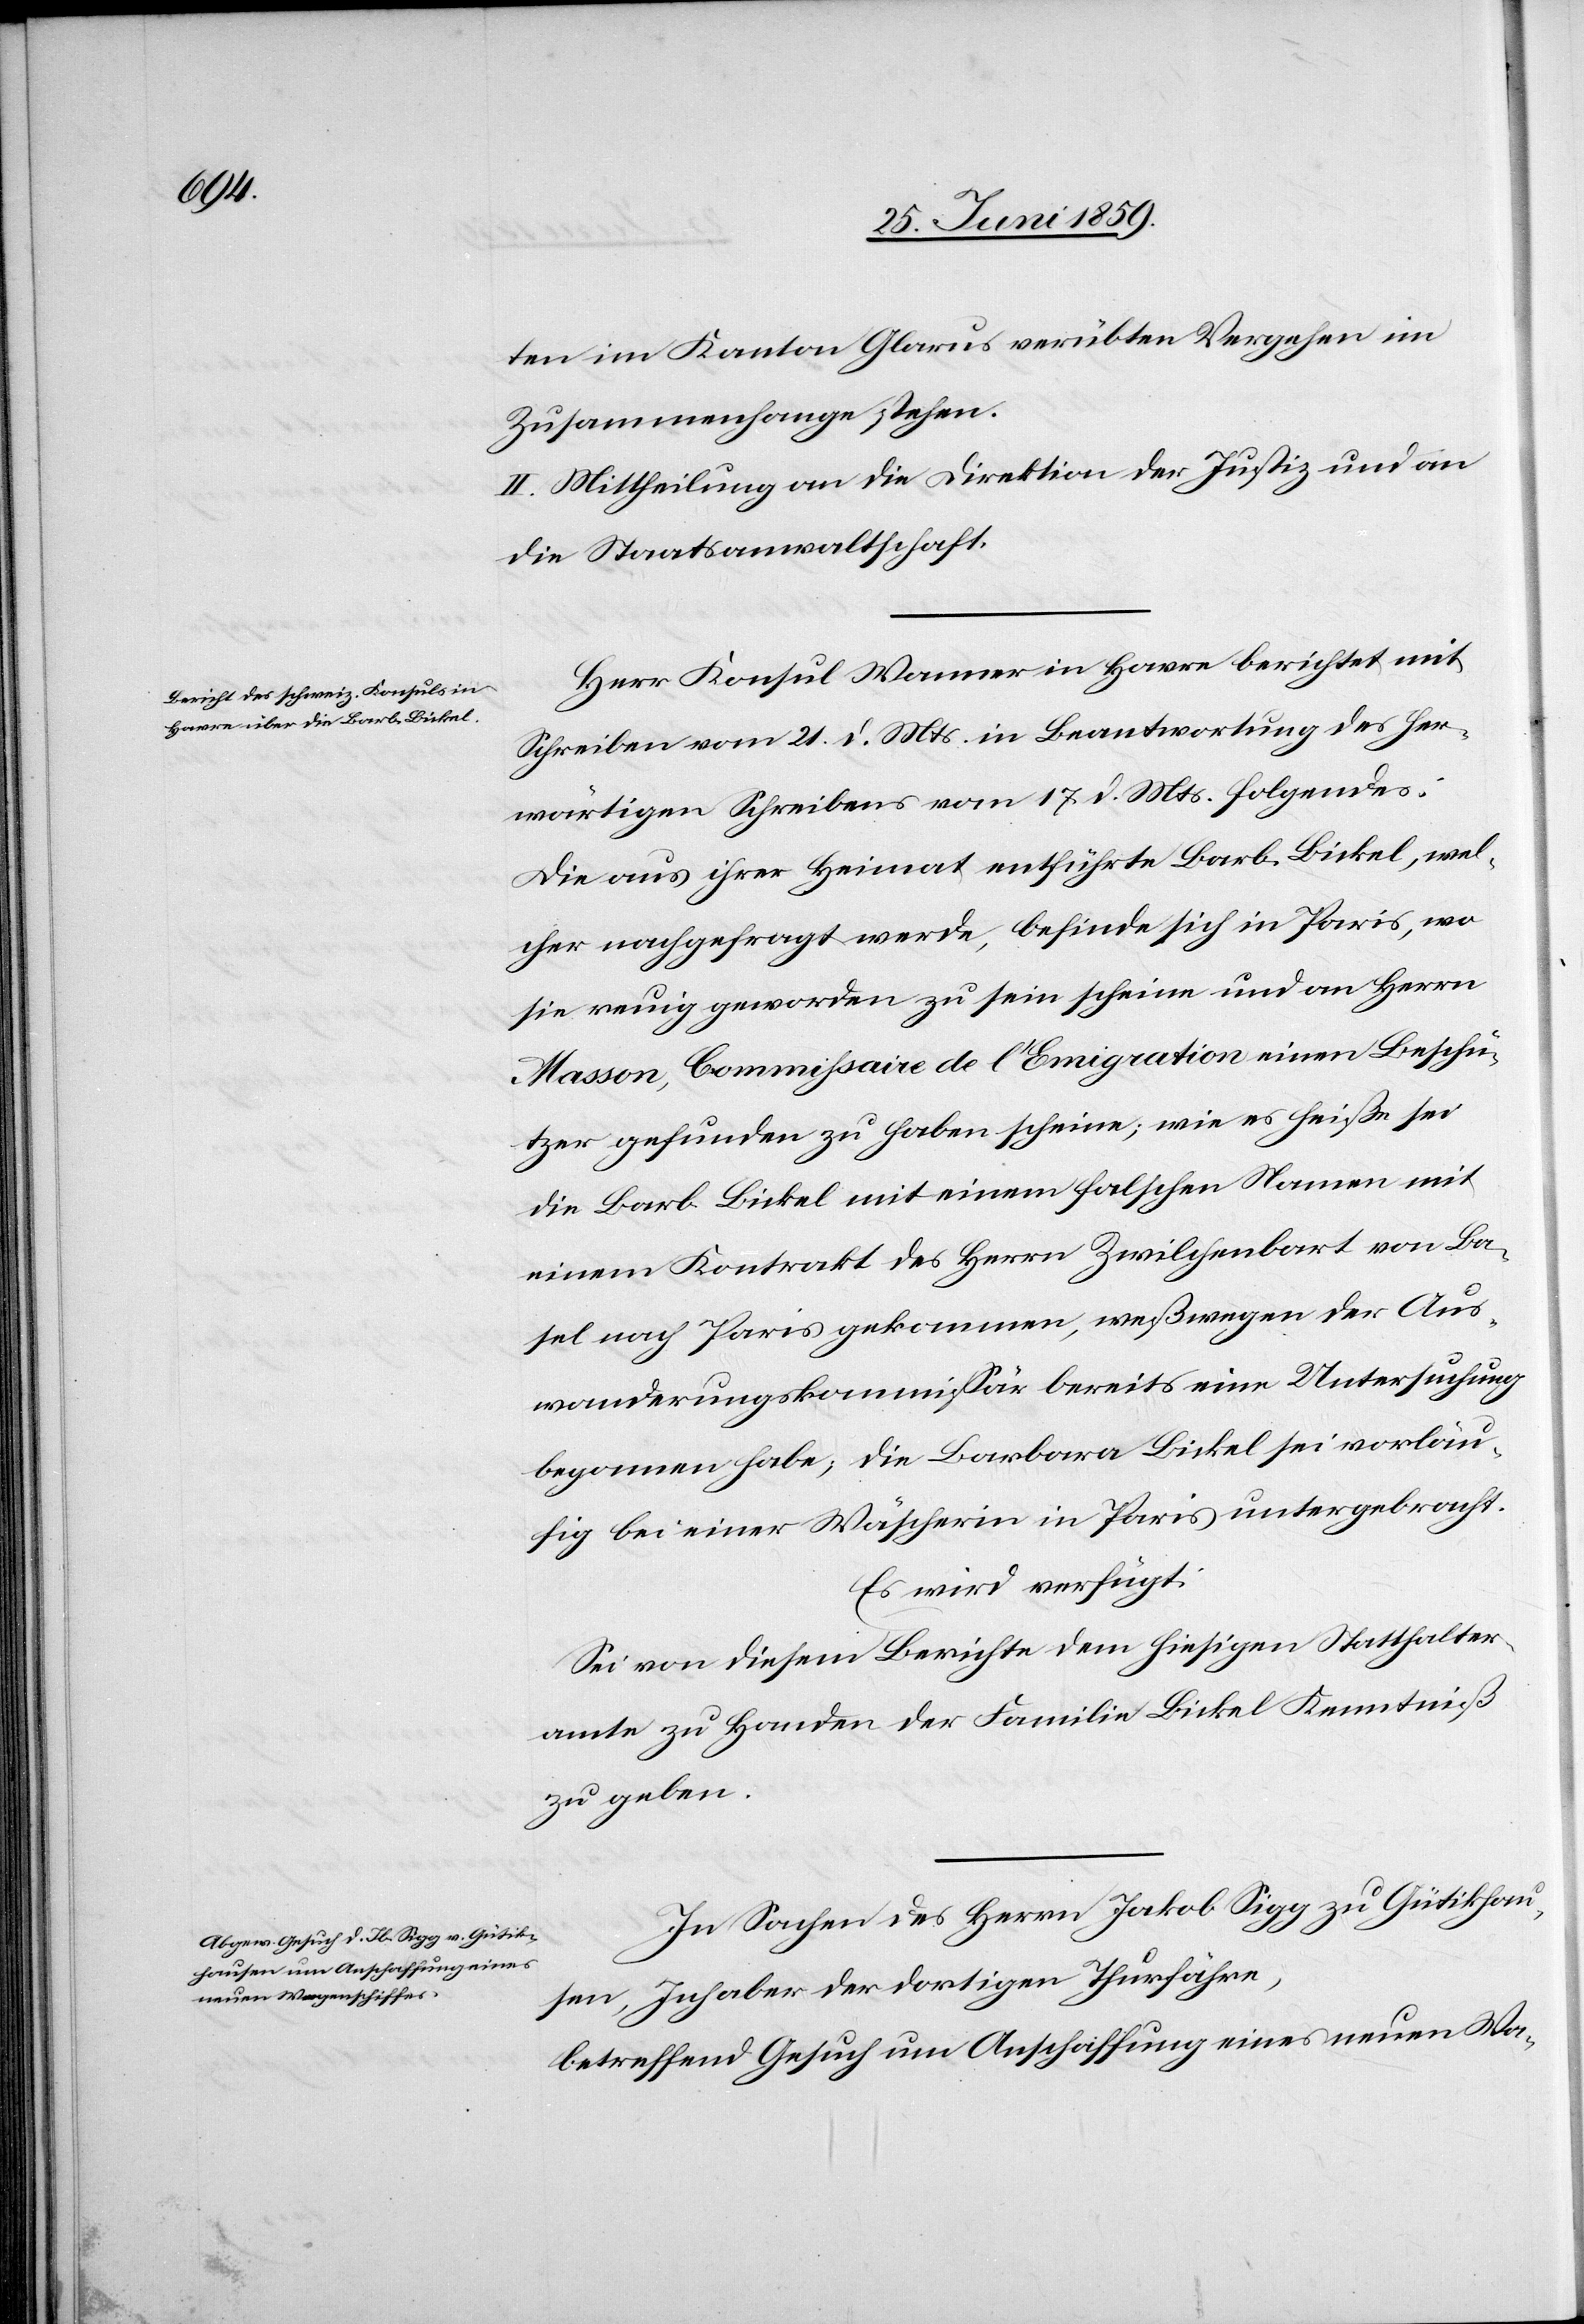
ten im Kanton Glarus verübten Vergehen im
Zusammenhange stehen.
II. Mittheilung an die Direktion der Justiz und an
die Staatsanwaltschaft.
Herr Konsul Wanner in Havre berichtet mit
Schreiben vom 21. d. Mts. in Beantwortung des her¬
wärtigen Schreibens vom 17 d. Mts. folgendes:
Die aus ihrer Heimat entführte Barb. Bickel, wel¬
cher nachgefragt werde, befinde sich in Paris, wo
sie reuig geworden zu sein scheine und an Herrn
Masson, Commissaire de l’Emigration einen Beschü¬
tzer gefunden zu haben scheine; wie es heiße sei
die Barb. Bickel mit einem falschen Namen mit
einem Kontrakt des Herrn Zwilchenbart von Ba¬
sel nach Paris gekommen, weßwegen der Aus¬
wanderungskommissar bereits eine Untersuchung
begonnen habe; die Barbara Bickel sei vorläu¬
fig bei einer Wäscherin in Paris untergebracht.
Es wird verfügt:
Sei von diesem Berichte dem hiesigen Statthalter¬
amte zu Handen der Familie Bickel Kenntniß
zu geben.
In Sachen des Herrn Jakob Sigg zu Gütikhau¬
sen, Inhaber der dortigen Thurfähre,
betreffend Gesuch um Anschaffung eines neuen Wa-